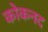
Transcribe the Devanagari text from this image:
कोकनद